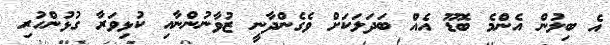
އެ ބިލުން އެންމެ ބޮޑޫ އެއް ބަދަލަކަށް ވެގެންދާނީ ޒުވާނުންނާއި ކުޅިވަރާ ގުޅުންހުރި